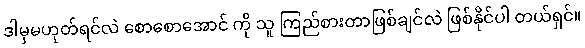
ဒါမှမဟုတ်ရင်လဲ စောစောအောင် ကို သူ ကြည်စားတာဖြစ်ချင်လဲ ဖြစ်နိုင်ပါ တယ်ရှင်။